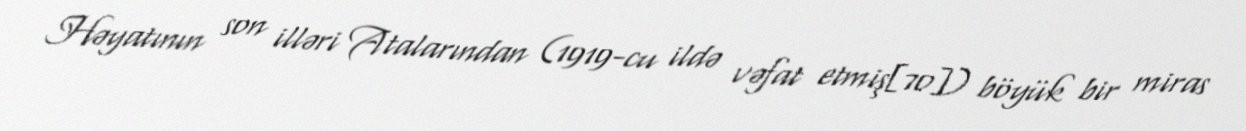
Həyatının son illəri Atalarından (1919-cu ildə vəfat etmiş[70]) böyük bir miras